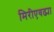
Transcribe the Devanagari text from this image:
मिरीएवढ्या